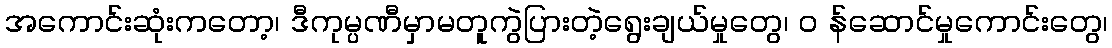
အကောင်းဆုံးကတော့၊ ဒီကုမ္ပဏီမှာမတူကွဲပြားတဲ့ရွေးချယ်မှုတွေ၊ ၀ န်ဆောင်မှုကောင်းတွေ၊